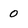
Character: 0